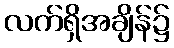
လက်ရှိအချိန်၌